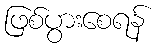
ဖြစ်ပွားစေရန်